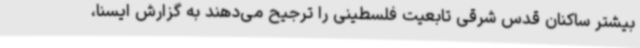
بیشتر ساکنان قدس شرقی تابعیت فلسطینی را ترجیح می‌دهند به گزارش ایسنا،